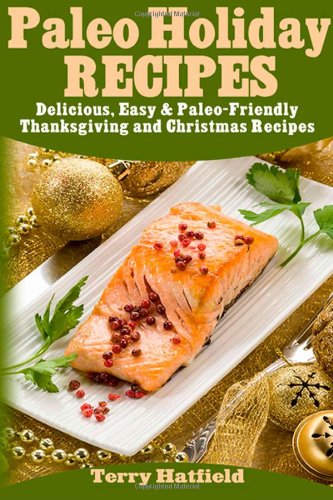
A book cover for Paleo Holiday Recipes: Delicious, Easy & 100% Paleo-Friendly Thanksgiving and Christmas Recipes; Terry Hatfield; Cookbooks, Food & Wine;